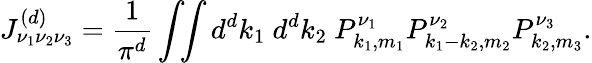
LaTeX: J_{\nu_{1}\nu_{2}\nu_{3}}^{(d)}=\frac{1}{\pi^{d}}\int\! \! \int{d^{d}k_{1}~d^{d}k_{2}}~P_{k_{1},m_{1}}^{\nu_{1}}P_{k_{1}-k_{2},m_{2}}^{\nu_{2}}P_{k_{2},m_{3}}^{\nu_{3}}.